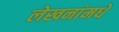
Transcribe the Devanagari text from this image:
लेखनांमधे